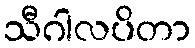
သီဂါလပိတာ